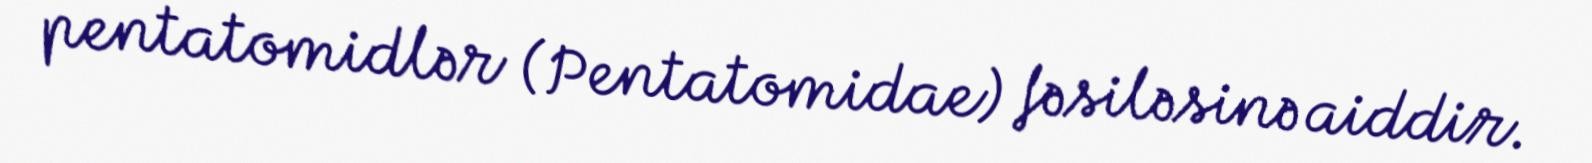
pentatomidlər (Pentatomidae) fəsiləsinə aiddir.